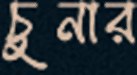
চুনার